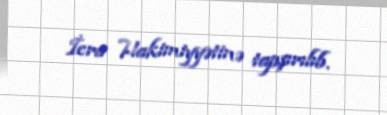
İcra Hakimiyyətinə tapşırılıb.